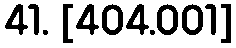
41. [404.001]